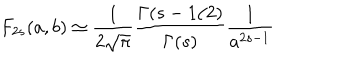
LaTeX: F _ { 2 s } ( a , b ) \simeq \frac { 1 } { 2 \sqrt { \pi } } \frac { \Gamma ( s - 1 / 2 ) } { \Gamma ( s ) } \frac { 1 } { a ^ { 2 s - 1 } }